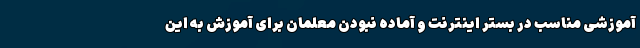
آموزشی مناسب در بستر اینترنت و آماده نبودن معلمان برای آموزش به این